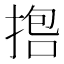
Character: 𪮇